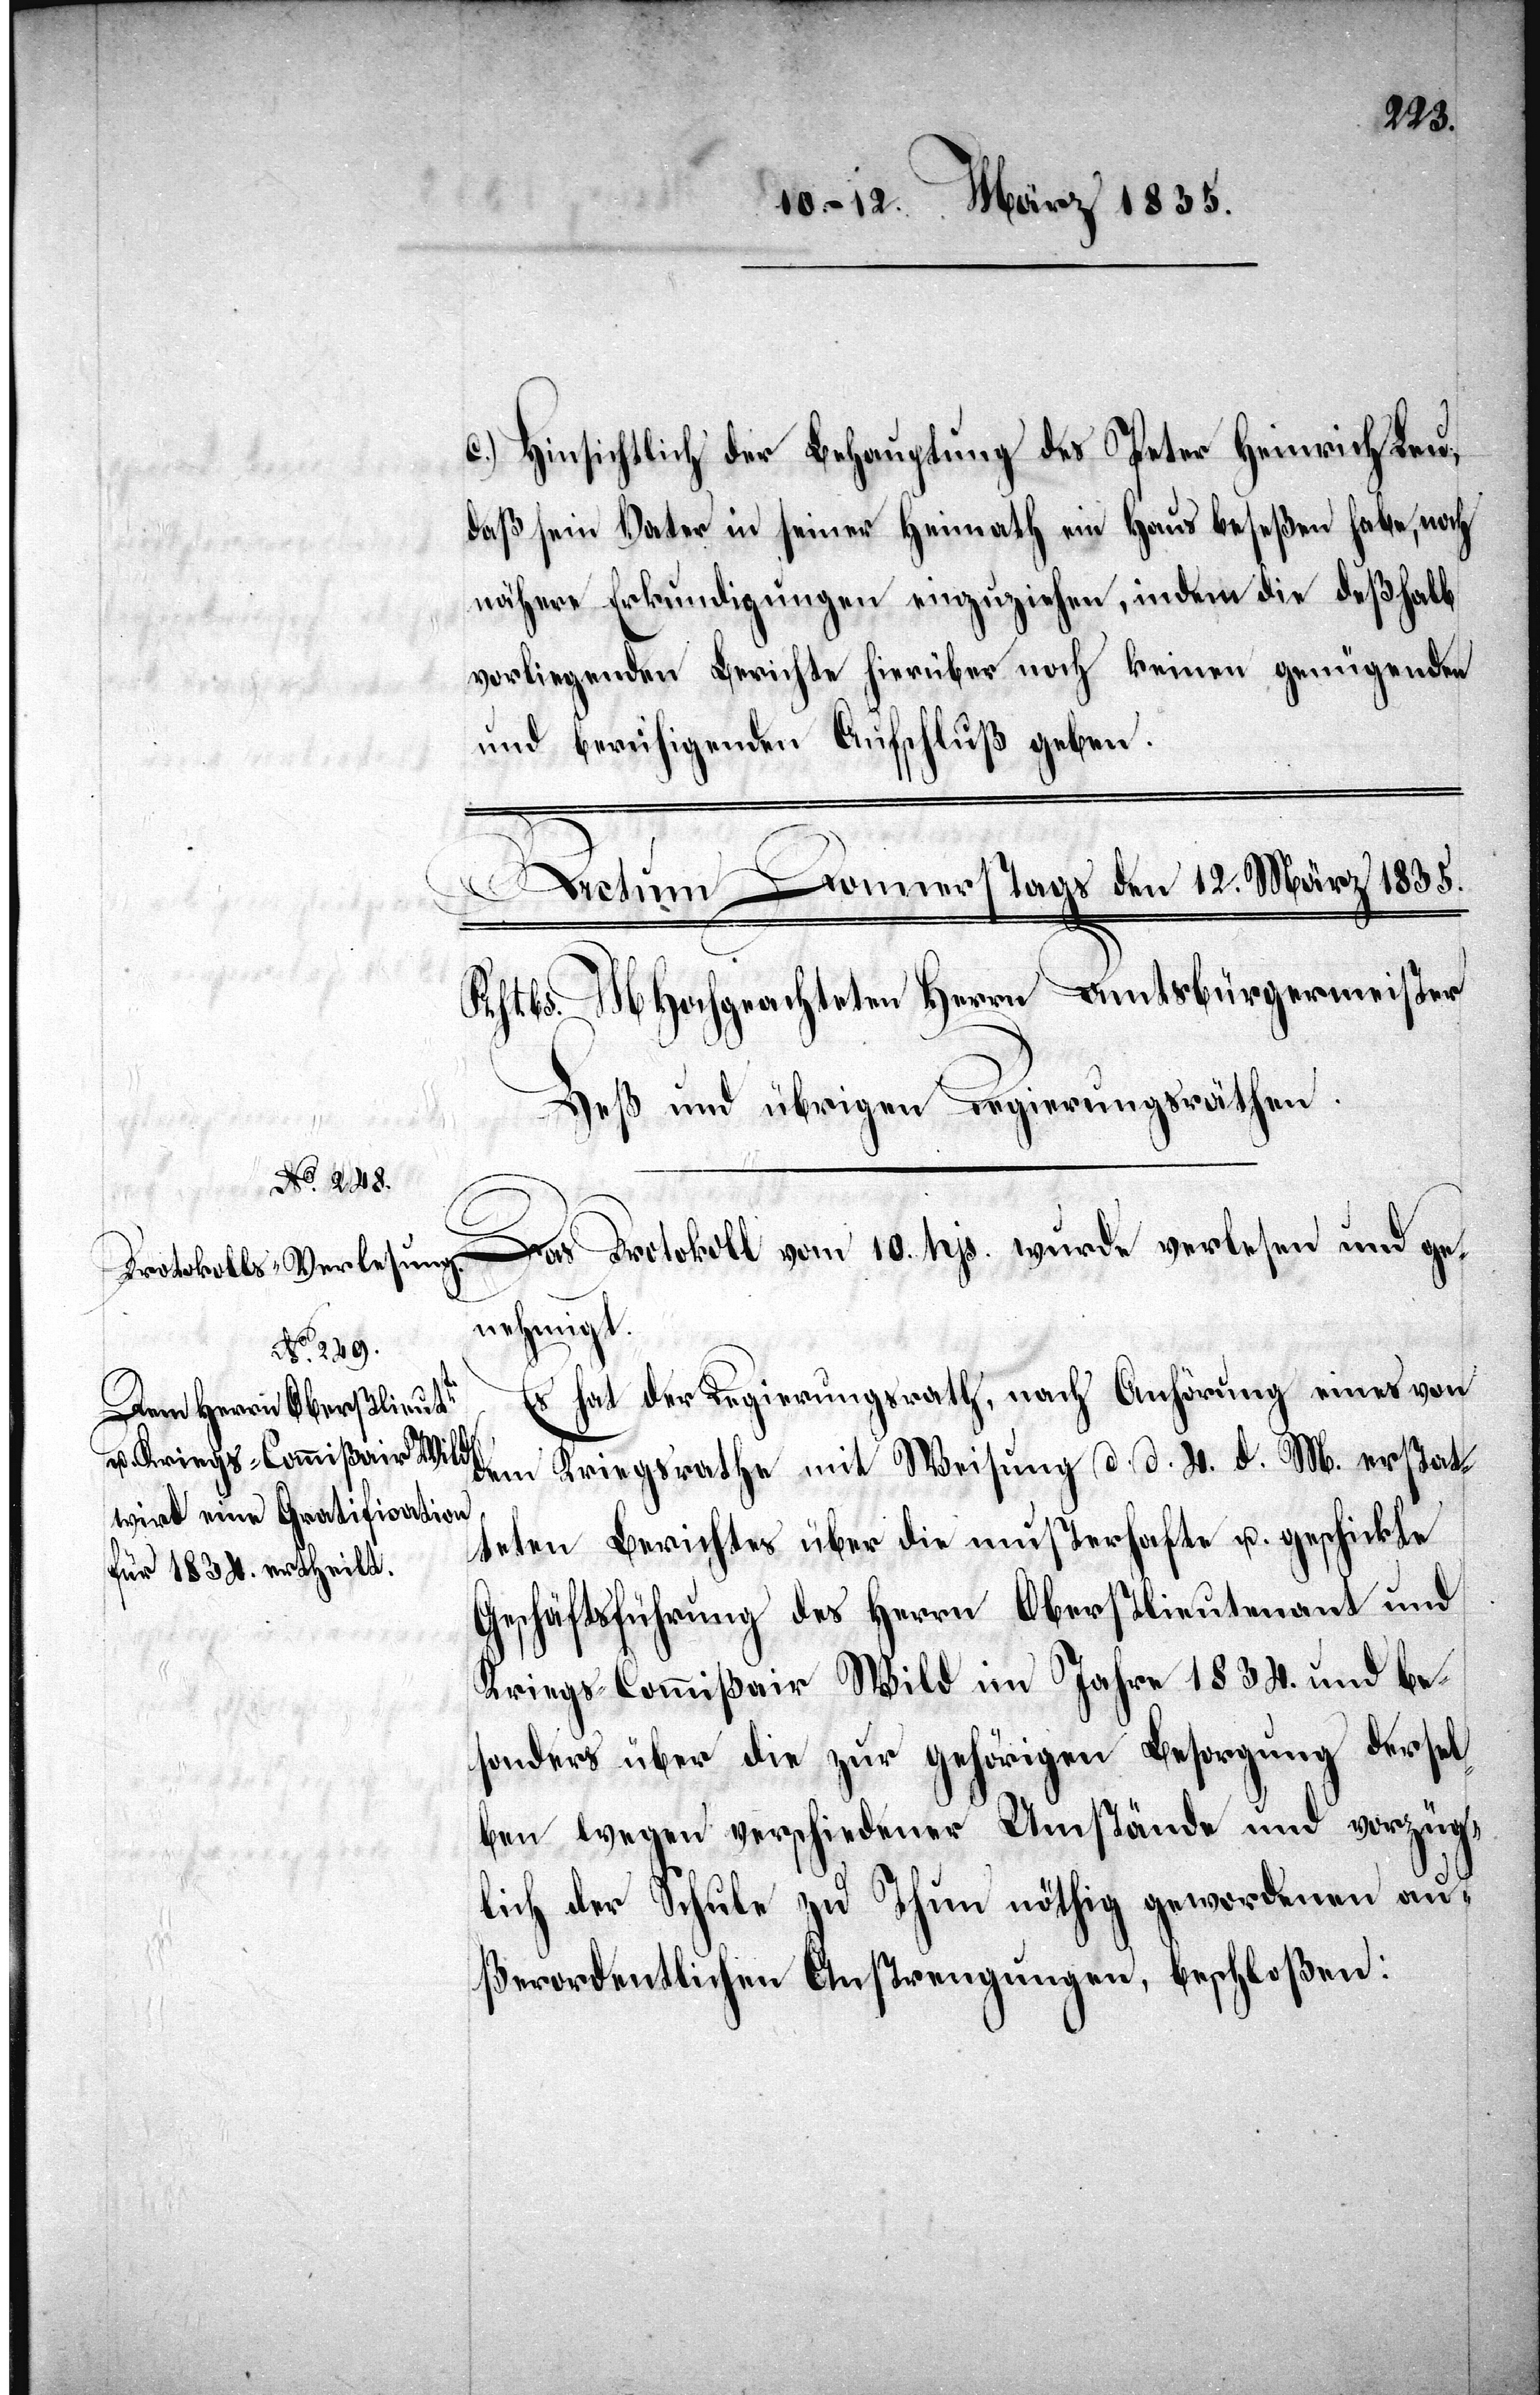
c.) Hinsichtlich der Behauptung des Peter Heinrich Leu,
daß sein Vater in seiner Heimath ein Haus beseßen habe, noch
nähere Erkundigungen einzuziehen, indem die deßhalb
vorliegenden Berichte hierüber noch keinen genügenden
und beruhigenden Aufschluß geben.
Das Protokoll vom 10. hjs. wurde verlesen und ge¬
nehmigt.
Es hat der Regierungsrath, nach Anhörung eines von
dem Kriegsrathe mit Weisung d. d. 4. d. M. erstatt¬
eten Berichtes über die musterhafte u. geschickte
Geschäftsführung des Herrn Oberstlieutenant und
Kriegs-Commißair Wild im Jahre 1834. und be¬
sonders über die zur gehörigen Besorgung dersel¬
ben wegen verschiedener Umstände und vorzüg¬
lich der Schule zu Thun nöthig gewordenen au¬
ßerordentlichen Anstrengungen, beschloßen: